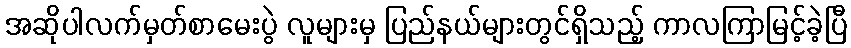
အဆိုပါလက်မှတ်စာမေးပွဲ လူများမှ ပြည်နယ်များတွင်ရှိသည့် ကာလကြာမြင့်ခဲ့ပြီ